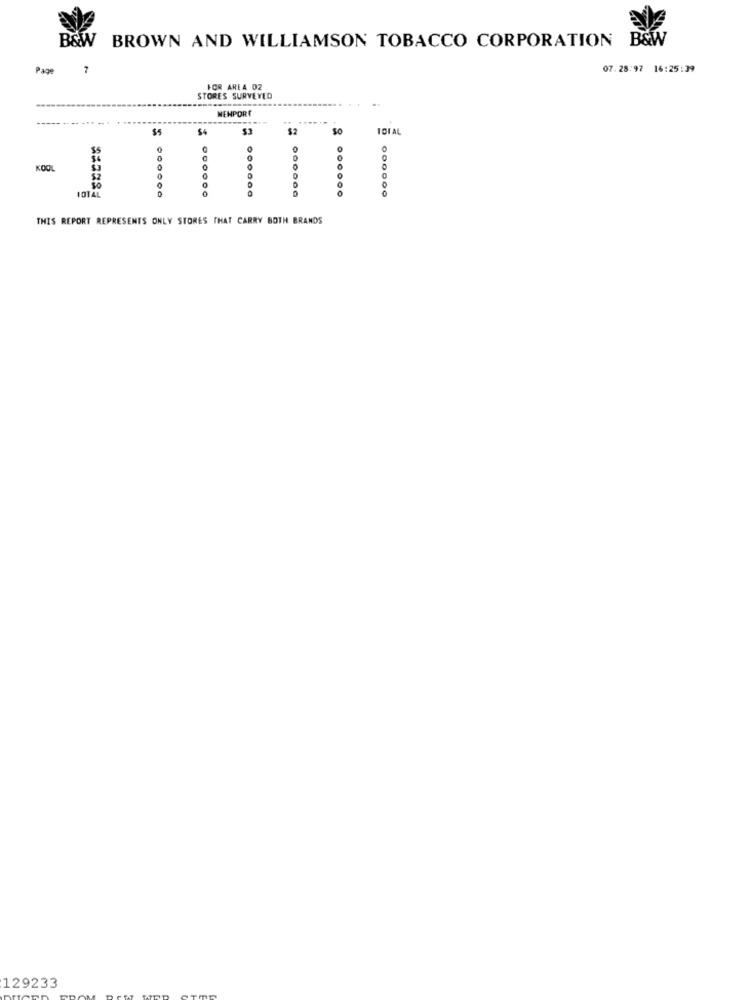
B&W
BROWN AND WILLIAMSON TOBACCO CORPORATION B&W
Page
7
07.28/97 16:25:39
FOR AREA 02
STORES SURVEYED
NEMPORC
$5
$4
$2
So
TOTAL
KOOL
101AL
0
000000
THIS REPORT REPRESENTS ONLY STORES THAT CARRY BOTH BRANDS
129233